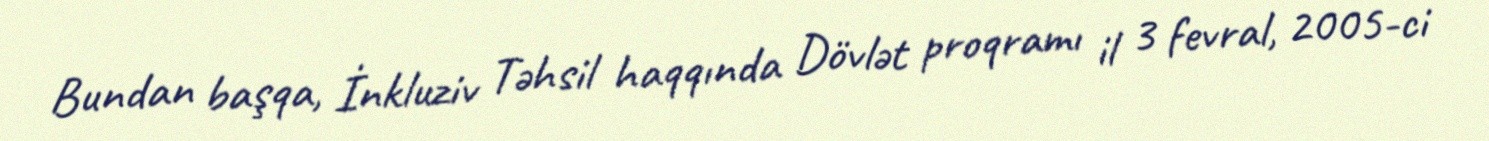
Bundan başqa, İnkluziv Təhsil haqqında Dövlət proqramı il 3 fevral, 2005-ci